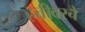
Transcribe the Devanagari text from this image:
हत्तीवरचे